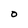
Character: O